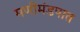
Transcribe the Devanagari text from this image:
मणीमंडपात